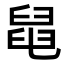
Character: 𦦁